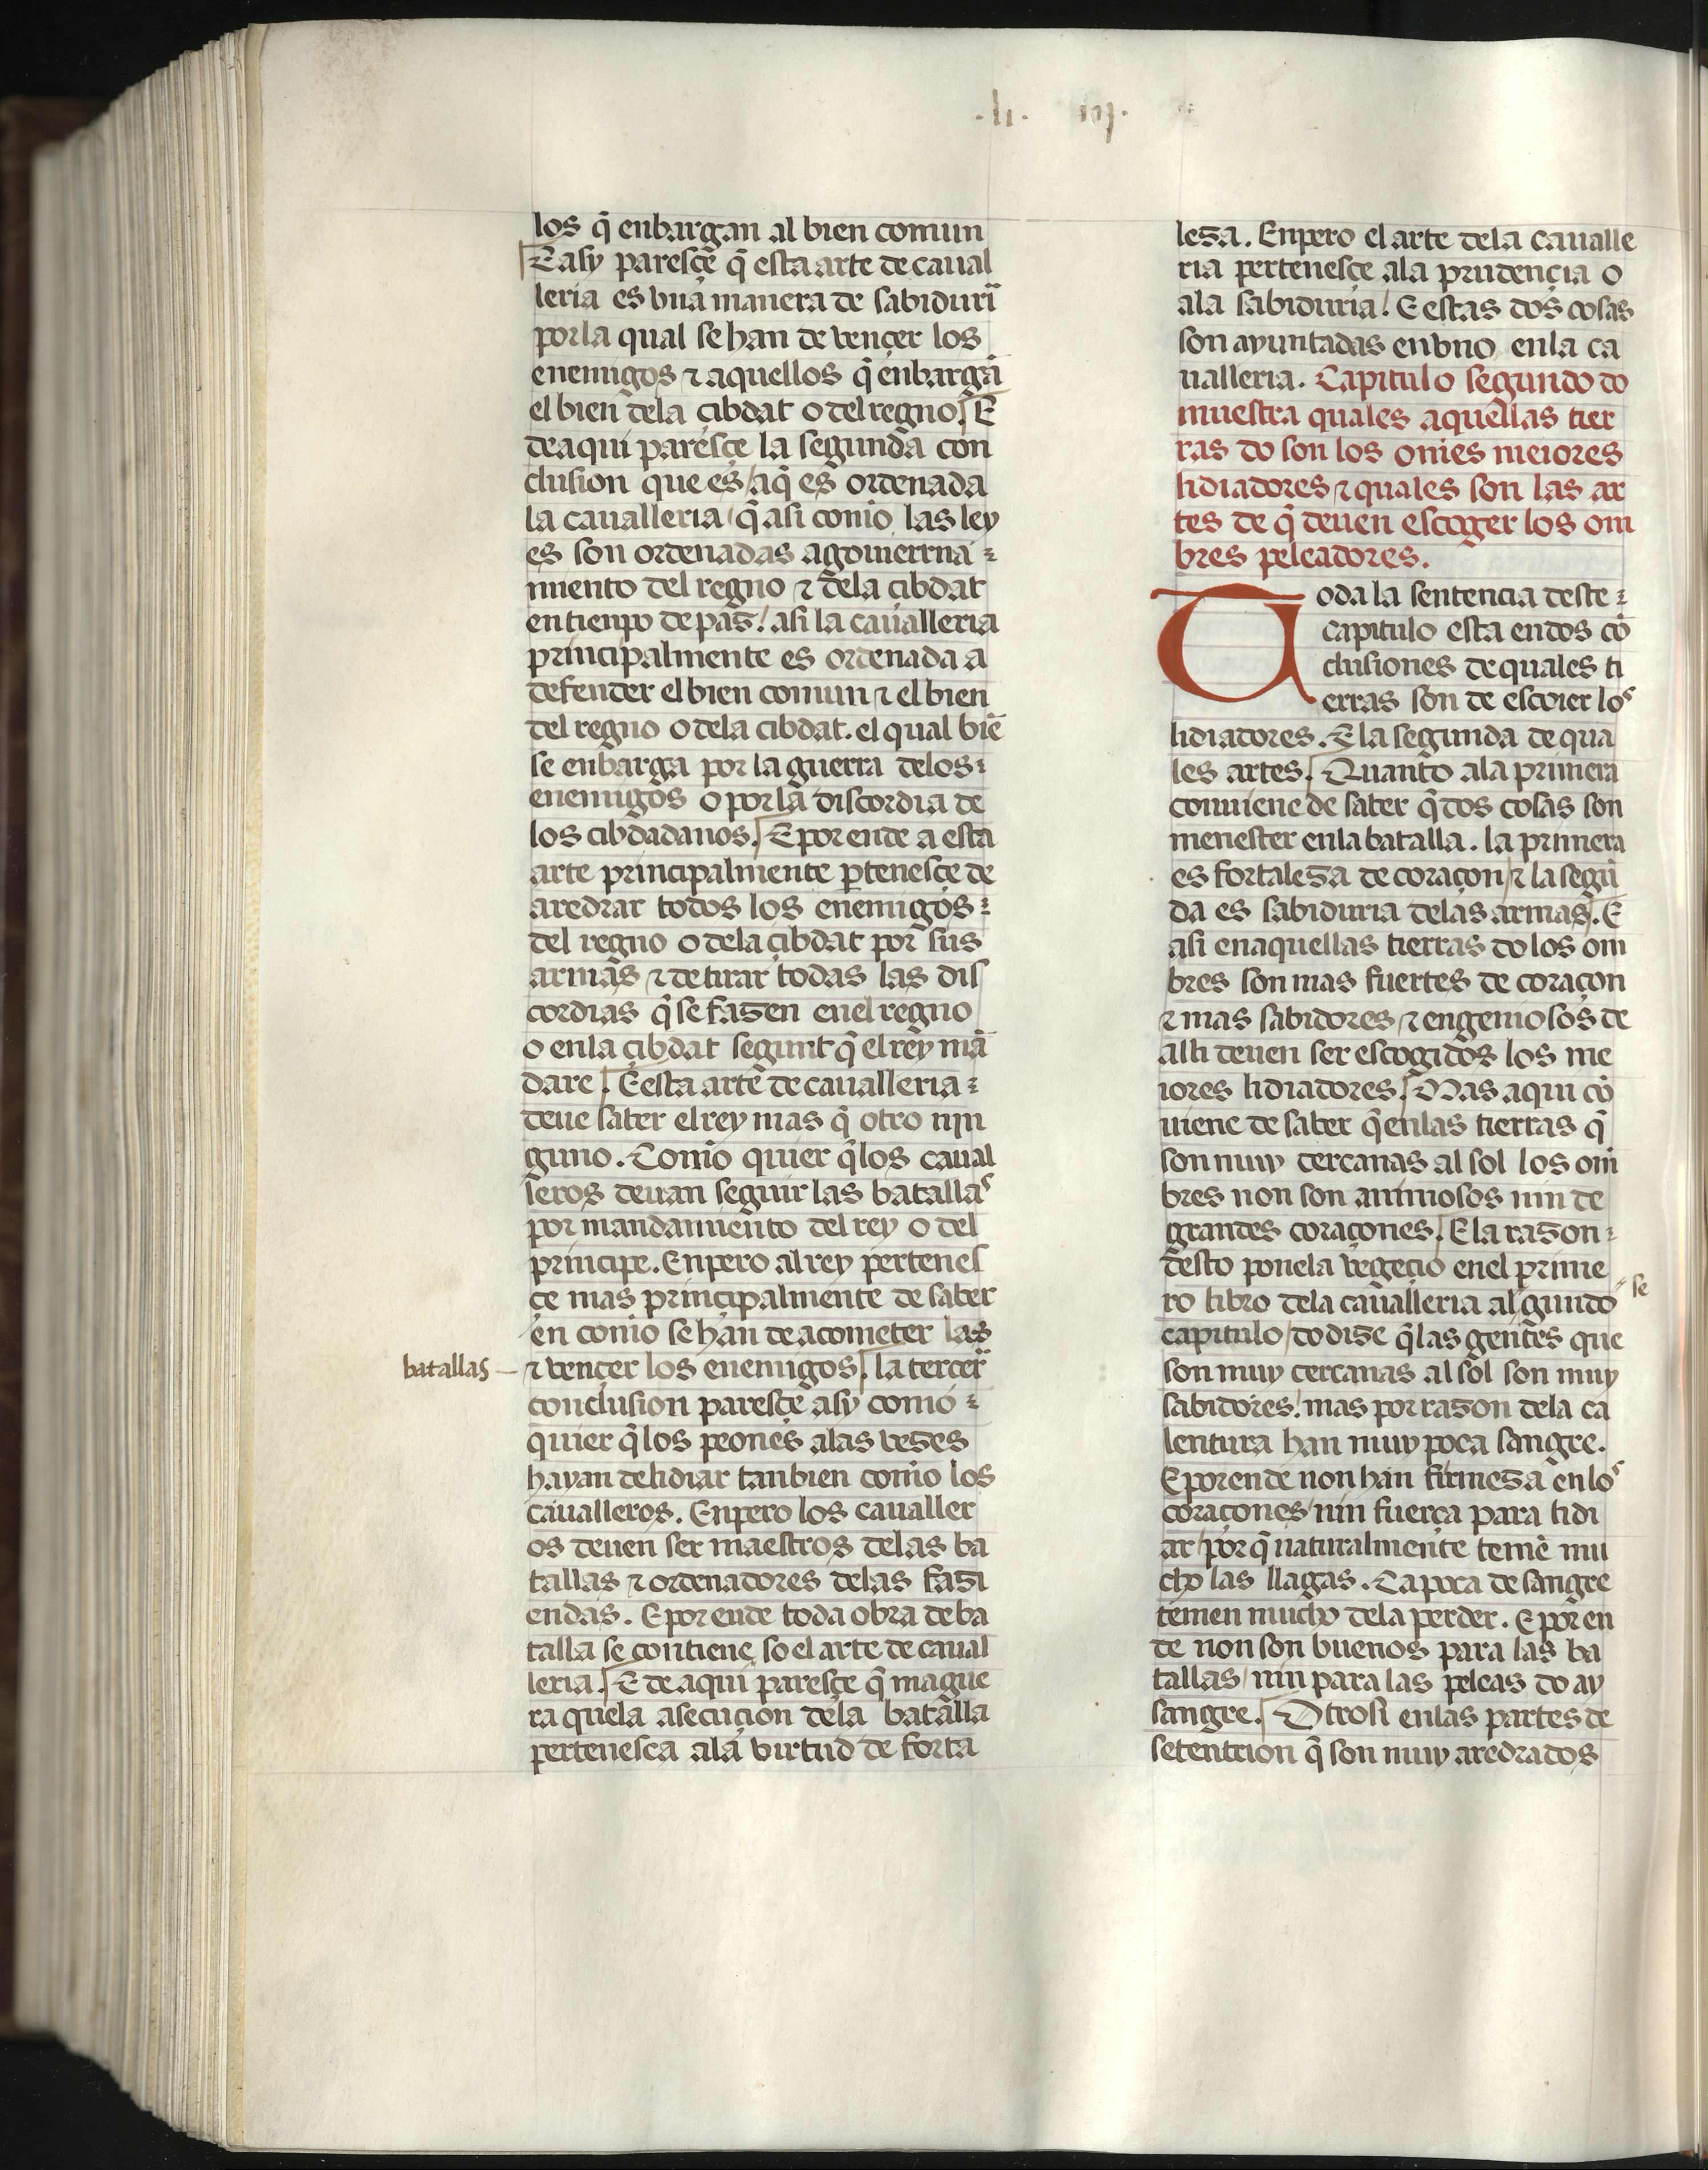
Shelfmark: Madrid, Fundación Lázaro Galdiano, mss 289
Century: 15